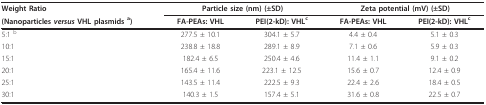
| Weight Ratio | <COLSPAN=2> Particle size (nm) (±SD) | <COLSPAN=2> Zeta potential (mV) (±SD) |
 | (Nanoparticles versus VHL plasmids a) | FA-PEAs: VHL | PEI(2-kD): VHLc | FA-PEAs: VHL | PEI(2-kD): VHLc |
 | --- | --- | --- | --- | --- |
 | 5:1 b | 277.5 ± 10.1 | 304.1 ± 5.7 | 4.4 ± 0.4 | 5.1 ± 0.3 |
 | 10:1 | 238.8 ± 18.8 | 289.1 ± 8.9 | 7.1 ± 0.6 | 5.9 ± 0.3 |
 | 15:1 | 182.4 ± 6.5 | 250.4 ± 4.6 | 11.4 ± 1.1 | 9.1 ± 0.2 |
 | 20:1 | 165.4 ± 11.6 | 223.1 ± 12.5 | 15.6 ± 0.7 | 12.4 ± 0.9 |
 | 25:1 | 143.5 ± 11.4 | 222.5 ± 9.3 | 22.4 ± 2.6 | 18.4 ± 0.5 |
 | 30:1 | 140.3 ± 1.5 | 157.4 ± 5.1 | 31.6 ± 0.8 | 22.5 ± 0.7 |